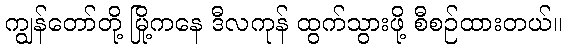
ကျွန်တော်တို့ မြို့ကနေ ဒီလကုန် ထွက်သွားဖို့ စီစဉ်ထားတယ်။